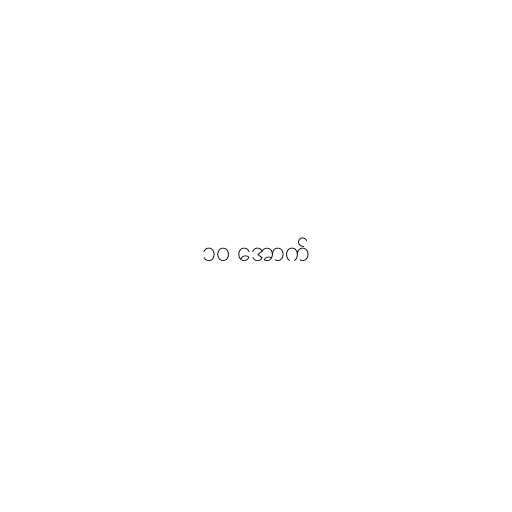
၁၀ အောက်